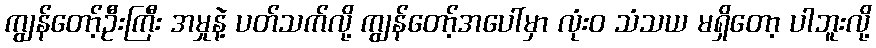
ကျွန်တော့်ဦးကြီး အမှုနဲ့ ပတ်သက်လို့ ကျွန်တော့်အပေါ်မှာ လုံးဝ သံသယ မရှိတော့ ပါဘူးလို့